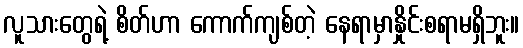
လူသားတွေရဲ့ စိတ်ဟာ ကောက်ကျစ်တဲ့ နေရာမှာနှိုင်းစရာမရှိဘူး။